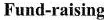
Fund-raising